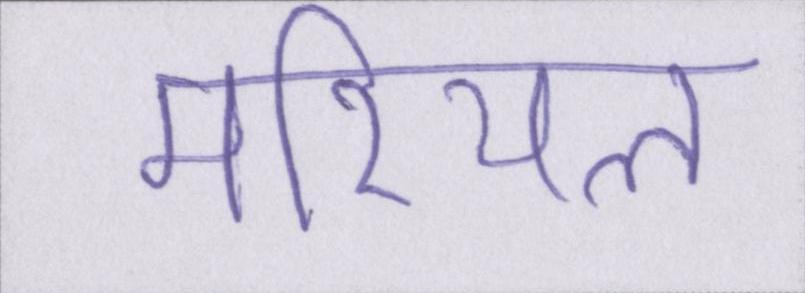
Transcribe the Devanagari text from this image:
मरियल